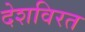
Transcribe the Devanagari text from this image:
देशविरत